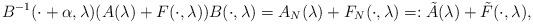
LaTeX: \begin{align*}B^{-1}(\cdot+\alpha,\lambda)(A(\lambda)+F(\cdot, \lambda))B(\cdot,\lambda)=A_{N}(\lambda)+F_N(\cdot, \lambda )=:\tilde A(\lambda)+\tilde F(\cdot, \lambda),\end{align*}